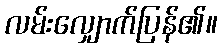
လမ်းလျှောက်ပြန်၏။